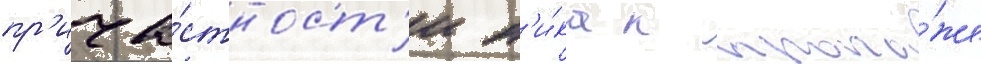
пр'ича́стност'и н'и́ка к пропа́же